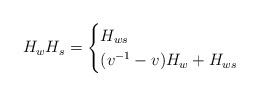
LaTeX: \begin{align*} H_wH_s = \begin{cases} H_{ws} & \\ (v^{-1} - v)H_w + H_{ws} & \end{cases}\end{align*}